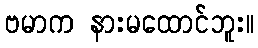
ဗမာက နားမထောင်ဘူး။